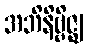
အဘိနိဗ္ဗိဇ္ဈ